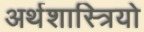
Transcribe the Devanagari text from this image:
अर्थशास्त्रियो